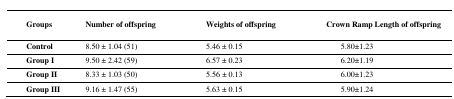
<table><thead><tr><td><b>Groups</b></td><td><b>Number of offspring</b></td><td><b>Weights of offspring</b></td><td><b>Crown Ramp Length of offspring</b></td></tr></thead><tbody><tr><td><b>Control</b></td><td>8.50 ± 1.04 (51)</td><td>5.46 ± 0.15</td><td>5.80±1.23</td></tr><tr><td><b>Group I</b></td><td>9.50 ± 2.42 (59)</td><td>6.57 ± 0.23</td><td>6.20±1.19</td></tr><tr><td><b>Group II</b></td><td>8.33 ± 1.03 (50)</td><td>5.56 ± 0.13</td><td>6.00±1.23</td></tr><tr><td><b>Group III</b></td><td>9.16 ± 1.47 (55)</td><td>5.63 ± 0.15</td><td>5.90±1.24</td></tr></tbody></table>